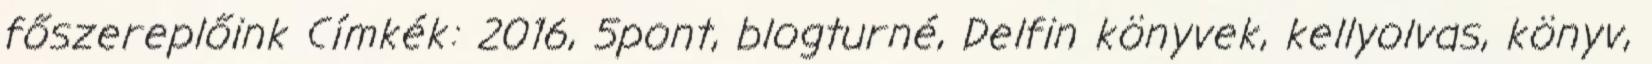
főszereplőink Címkék: 2016, 5pont, blogturné, Delfin könyvek, kellyolvas, könyv,